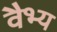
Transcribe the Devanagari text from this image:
वैभ्य